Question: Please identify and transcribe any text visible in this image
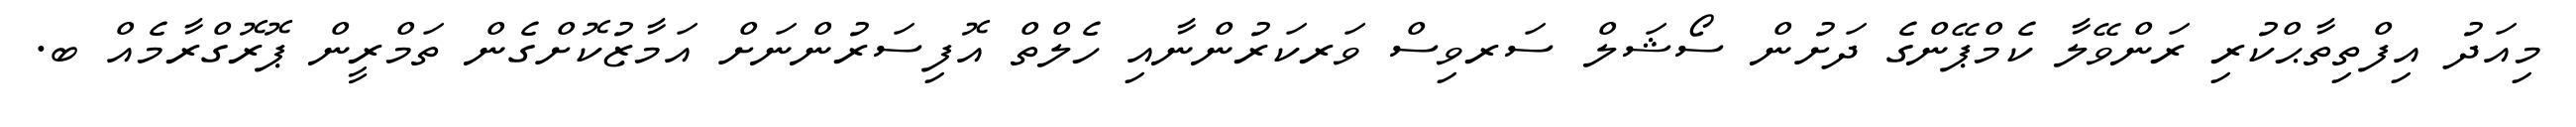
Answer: މިއަދު އިފްތިތާޙްކުރި ރަންވޭލާ ކެމްޕޭންގެ ދަށުން ސޯޝަލް ސަރވިސް ވަރކަރުންނާއި ހެލްތް އޮފިސަރުންނަށް އަމާޒުކޮށްގެން ތަމްރީން ޕޮރޮގްރާމެއް ބ.